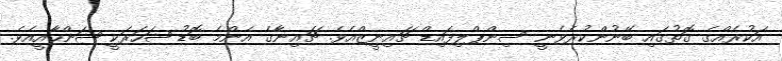
އަކުރެއްގެ ގޮތުގައި ބޭނުންކުރެވެނީ ސިންޕްލިފައިޑް ޗައިނީޒްއެވެ. ޗައިނާގެ އެންމެ ބޮޑު ޝަހަރަކީ ޝަންހާއީއެވެ.